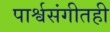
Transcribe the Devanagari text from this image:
पार्श्वसंगीतही